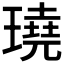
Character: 𤩊